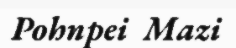
Pohnpei  Mazi